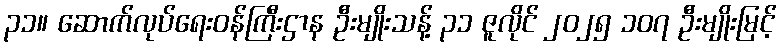
၃၁။ ဆောက်လုပ်ရေးဝန်ကြီးဌာန ဦးမျိုးသန့် ၃၁ ဇူလိုင် ၂၀၂၅ ၁၀၇ ဦးမျိုးမြင့်